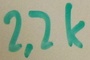
Text: 2,2K